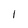
Character: 1